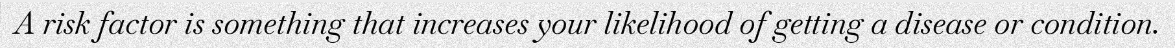
A risk factor is something that increases your likelihood of getting a disease or condition.